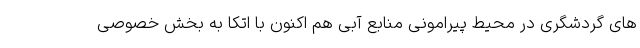
های گردشگری در محیط پیرامونی منابع آبی هم اکنون با اتکا به بخش خصوصی